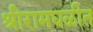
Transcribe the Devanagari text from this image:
श्रीरामघळीत